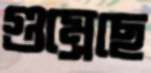
গুম্‌রেছে